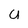
Character: a